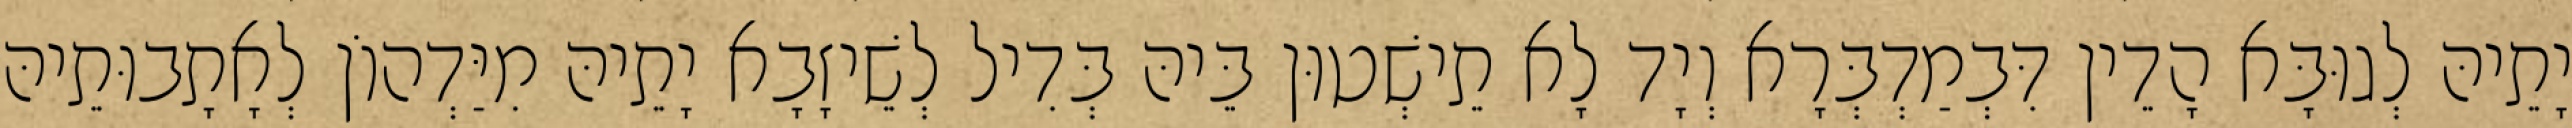
יָתֵיהּ לְגוּבָּא הָדֵין דִּבְמַדְבְּרָא וְיָד לָא תֵישְׁטוּן בֵּיהּ בְּדִיל לְשֵׁיזָבָא יָתֵיהּ מִיַּדְהוֹן לְאָתָבוּתֵיהּ